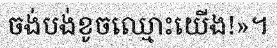
ចង់បង់ខូចឈ្មោះយើង!»។